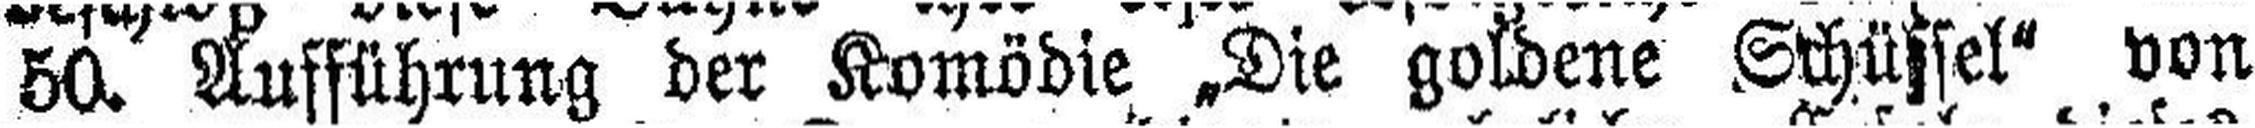
50. Aufführung der Komödie „Die goldene Schüssel“ von